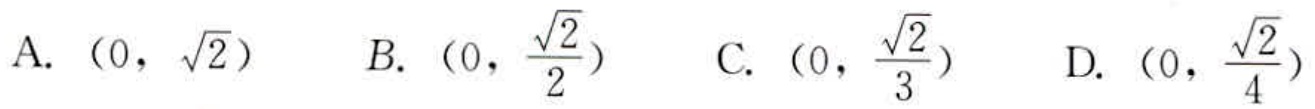
A. \((0,\sqrt{2})\)  B. \((0,\frac{\sqrt{2}}{2})\)  C. \((0,\frac{\sqrt{2}}{3})\)  D. \((0,\frac{\sqrt{2}}{4})\)